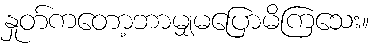
နှုတ်ကတော့ဘာမျှမပြောမိကြသေး။